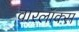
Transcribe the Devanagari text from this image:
वारलॉक्स